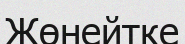
Жөнейтке